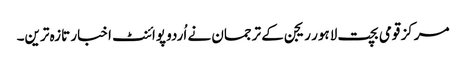
مرکز قومی بچت لاہور ریجن کے ترجمان نے اُردو پوائنٹ اخبار تازہ ترین۔